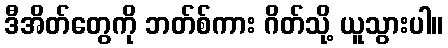
ဒီအိတ်တွေကို ဘတ်စ်ကား ဂိတ်သို့ ယူသွားပါ။